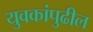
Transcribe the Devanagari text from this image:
युवकांपुढील